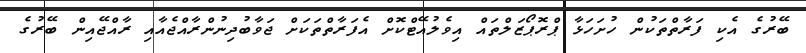
ބޭރުގެ އެކި ފަރާތްތަކުން ހުށަހަޅާ ޕްރޮޕޯޒަލްތައް އިވެލުއޭޓްކޮށް އެފަރާތްތަކަށް ޖަވާބުދިނުންރާއްޖެއާއި ރާއްޖޭއިން ބޭރުގެ